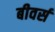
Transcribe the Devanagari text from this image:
बीवर्स